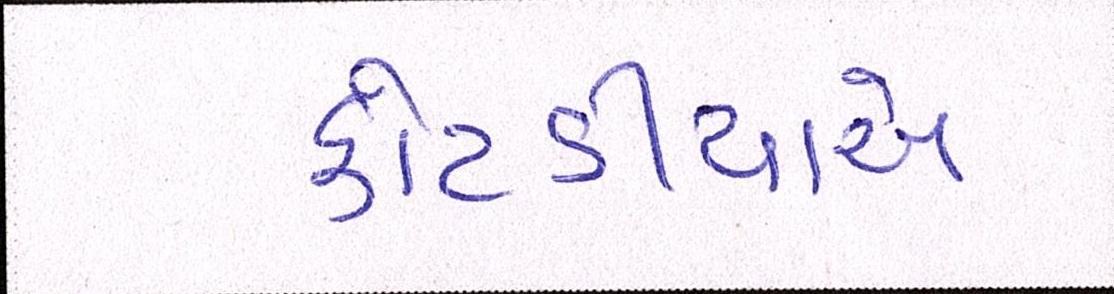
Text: કોટડીયાએ